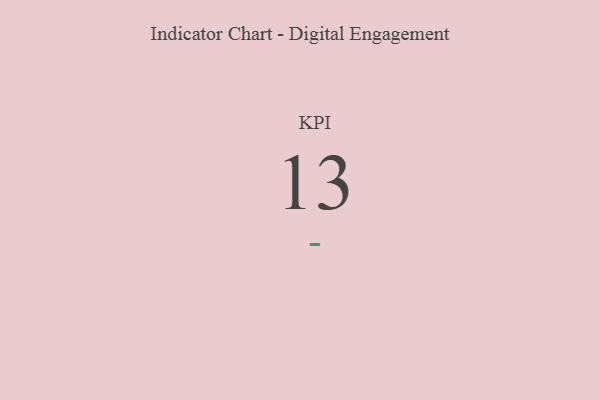
{"axis": {"x": "KPI", "y": "Value"}, "legend": [""], "data": [{"x": "KPI", "y": 13, "type": ""}]}